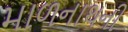
માળનાથની